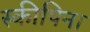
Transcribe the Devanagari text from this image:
स्कीपिना